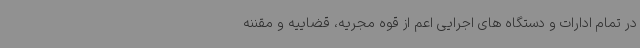
در تمام ادارات و دستگاه های اجرایی اعم از قوه مجریه، قضاییه و مقننه